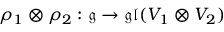
\rho _ { 1 } \otimes \rho _ { 2 } : { \mathfrak { g } } \rightarrow { \mathfrak { g l } } ( V _ { 1 } \otimes V _ { 2 } )